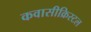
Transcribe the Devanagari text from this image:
कवासीक्रिस्टल